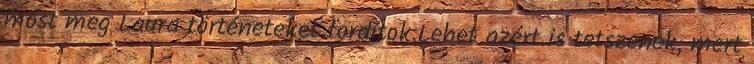
most meg Laura történeteket fordítok.Lehet azért is tetszenek, mert